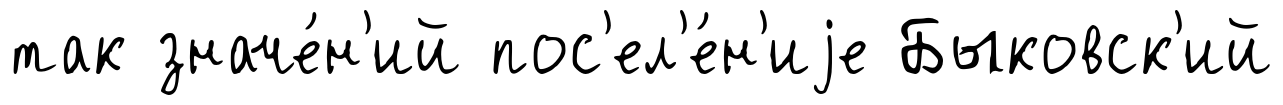
так значе́н'ий пос'ел'е́н'иjе Быковск'ий